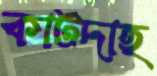
কাটদাহ